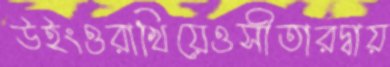
উইংওরাখিয়েওসীতারদ্বায়